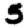
Digit: 3